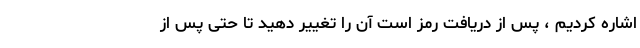
اشاره کردیم ، پس از دریافت رمز است آن را تغییر دهید تا حتی پس از